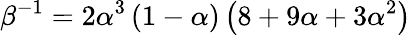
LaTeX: \beta^{-1}=2\alpha^{3}\left(1-\alpha\right)\left(8+9\alpha+3\alpha^{2}\right)